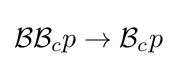
{\mathcal {B}}{\mathcal {B}}_{c}p\to {\mathcal {B}}_{c}p